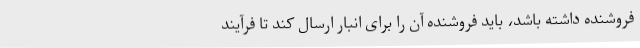
فروشنده داشته باشد، باید فروشنده آن را برای انبار ارسال کند تا فرآیند